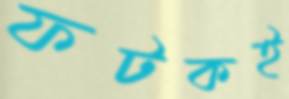
ফটকই